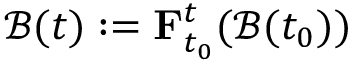
\mathcal { B } ( t ) : = \mathbf { F } _ { t _ { 0 } } ^ { t } ( \mathcal { B } ( t _ { 0 } ) )